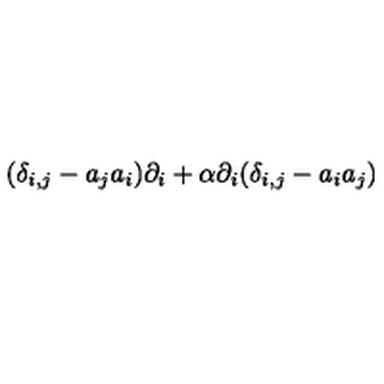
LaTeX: ( \delta _ { i , j } - a _ { j } a _ { i } ) \partial _ { i } + { \alpha } \partial _ { i } ( \delta _ { i , j } - a _ { i } a _ { j } )